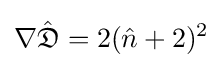
\mathbf {\nabla } {\hat {\mathfrak {D}}}=2({\hat {n}}+2)^{2}